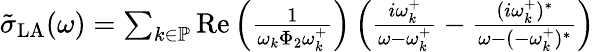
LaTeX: \begin{array}{r}{\tilde{\sigma}_{\mathrm{LA}}(\omega)=\sum_{k\in\mathbb{P}}\operatorname{Re}\left(\frac{1}{\omega_{k}\Phi_{2}\omega_{k}^{+}}\right)\left(\frac{i\omega_{k}^{+}}{\omega-\omega_{k}^{+}}-\frac{(i\omega_{k}^{+})^{*}}{\omega-(-\omega_{k}^{+})^{*}}\right)}\end{array}